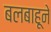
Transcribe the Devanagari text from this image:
बलबाहूने